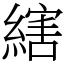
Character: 縖